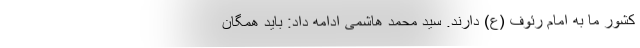
کشور ما به امام رئوف (ع) دارند. سید محمد هاشمی ادامه داد: باید همگان